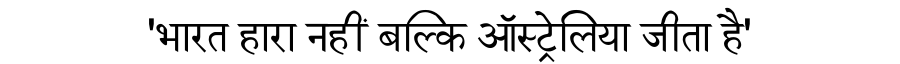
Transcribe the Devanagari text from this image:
'भारत हारा नहीं बल्कि ऑस्ट्रेलिया जीता है'